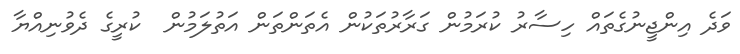
ވަދެ އިންޖީނުގެތައް ހިސާރު ކުރަމުން ގަރާރުތަކުން އެތަންތަން އަތުލަމުން  ކުރީގެ ދެވުނިއްޔާ